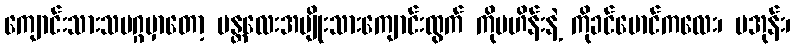
ကျောင်းသားသမဂ္ဂမှာတော့ မန္တလေးအမျိုးသားကျောင်းထွက် ကိုဗဟိန်းနဲ့ ကိုခင်မောင်ကလေး၊ မအုန်း၊